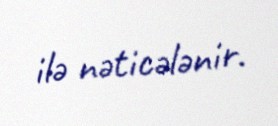
ilə nəticələnir.